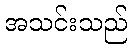
အသင်းသည်